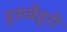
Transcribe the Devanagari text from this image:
हसबेंड्री